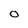
Character: O